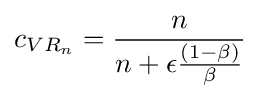
c_{VR_{n}}={\frac {n}{n+\epsilon {\frac {(1-\beta )}{\beta }}}}